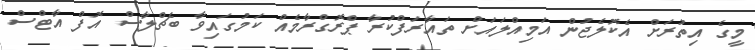
މީގެ އިތުރަށް އެކޮލެޖުން އަމިއްލައަށް ތައާރަފްކުރާ ޕްރޮގްރާމެއް ކަމުގައިވާ ބެޗްލާސް އޮފް އާޓްސް